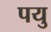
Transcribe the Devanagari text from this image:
पयु